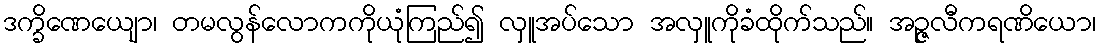
ဒက္ခိဏေယျော၊ တမလွန်လောကကိုယုံကြည်၍ လှူအပ်သော အလှူကိုခံထိုက်သည်။ အဉ္ဇလီကရဏိယော၊